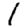
Digit: 1